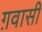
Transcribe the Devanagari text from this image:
ग़वासी